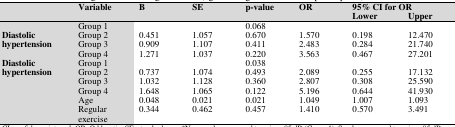
<table><thead><tr><td rowspan="2"></td><td rowspan="2"><b>Variable</b></td><td rowspan="2"><b>B</b></td><td rowspan="2"><b>SE</b></td><td rowspan="2"><b>p-value</b></td><td rowspan="2"><b>OR</b></td><td colspan="2"><b>95% CI for OR</b></td></tr><tr><td><b>Lower </b></td><td><b>Upper </b></td></tr></thead><tbody><tr><td rowspan="4"><b>Diastolic hypertension</b></td><td>Group 1</td><td></td><td></td><td>0.068</td><td></td><td></td><td></td></tr><tr><td>Group 2</td><td>0.451</td><td>1.057</td><td>0.670</td><td>1.570</td><td>0.198</td><td>12.470</td></tr><tr><td>Group 3</td><td>0.909</td><td>1.107</td><td>0.411</td><td>2.483</td><td>0.284</td><td>21.740</td></tr><tr><td>Group 4</td><td>1.271</td><td>1.037</td><td>0.220</td><td>3.563</td><td>0.467</td><td>27.201</td></tr><tr><td rowspan="6"><b>Diastolic hypertension</b></td><td>Group 1</td><td></td><td></td><td>0.038</td><td></td><td></td><td></td></tr><tr><td>Group 2</td><td>0.737</td><td>1.074</td><td>0.493</td><td>2.089</td><td>0.255</td><td>17.132</td></tr><tr><td>Group 3</td><td>1.032</td><td>1.128</td><td>0.360</td><td>2.807</td><td>0.308</td><td>25.590</td></tr><tr><td>Group 4</td><td>1.648</td><td>1.065</td><td>0.122</td><td>5.196</td><td>0.644</td><td>41.930</td></tr><tr><td>Age</td><td>0.048</td><td>0.021</td><td>0.021</td><td>1.049</td><td>1.007</td><td>1.093</td></tr><tr><td>Regular exercise </td><td>0.344</td><td>0.462</td><td>0.457</td><td>1.410</td><td>0.570</td><td>3.491</td></tr></tbody></table>